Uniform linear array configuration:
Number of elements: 4
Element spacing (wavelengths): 0.75
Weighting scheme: binomial
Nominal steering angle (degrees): -45
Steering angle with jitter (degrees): -44.184
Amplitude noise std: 0.05
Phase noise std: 0.05

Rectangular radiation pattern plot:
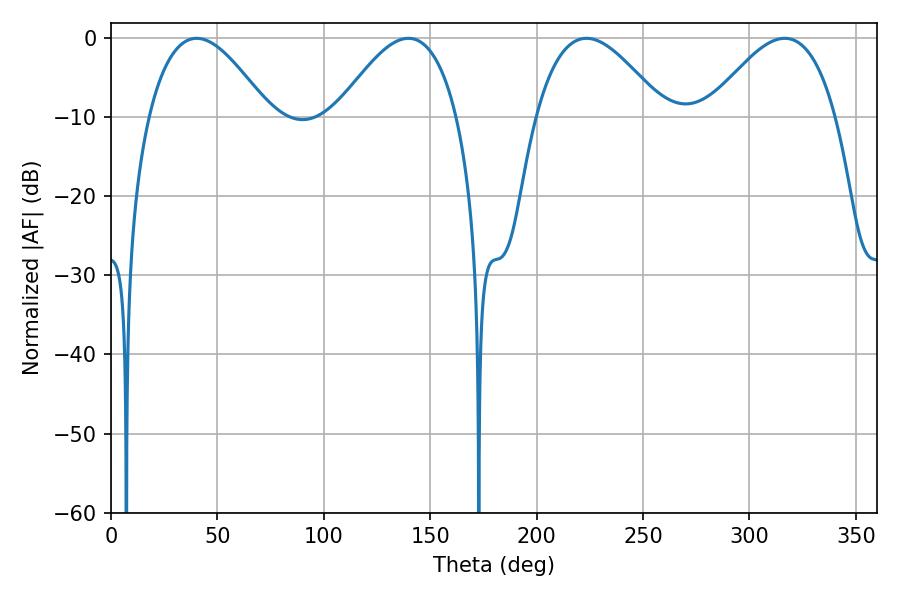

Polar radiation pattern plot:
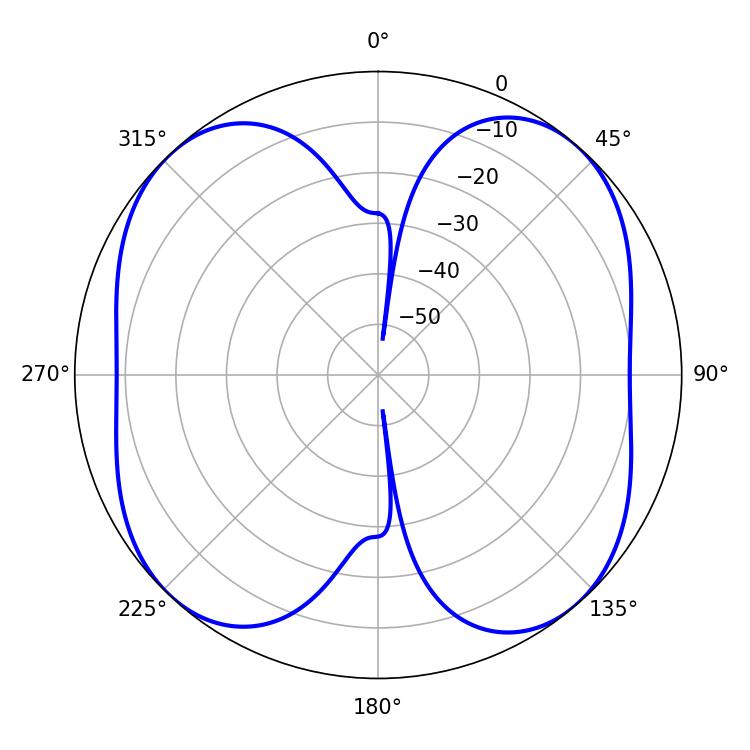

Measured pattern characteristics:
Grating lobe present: TRUE
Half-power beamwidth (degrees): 32.76
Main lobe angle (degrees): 223.38